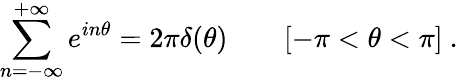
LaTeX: \sum_{n=-\infty}^{+\infty}e^{in\theta}=2\pi\delta(\theta)\qquad[-\pi<\theta<\pi]\ .